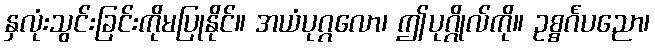
နှလုံးသွင်းခြင်းကိုမပြုနိုင်။ အယံပုဂ္ဂလော၊ ဤပုဂ္ဂိုလ်ကို။ ဥစ္စင်္ဂပညော၊